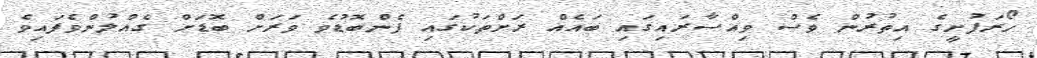
ހޯރަފުށީގެ އިތުރުން ވެސް ވިއްސާރައިގައި ބައެއް ރަށްތަކުގައި ފެންބޮޑުވެ ވަރަށް ބޮޑަށް ގެއްލުންވެފައިވެ